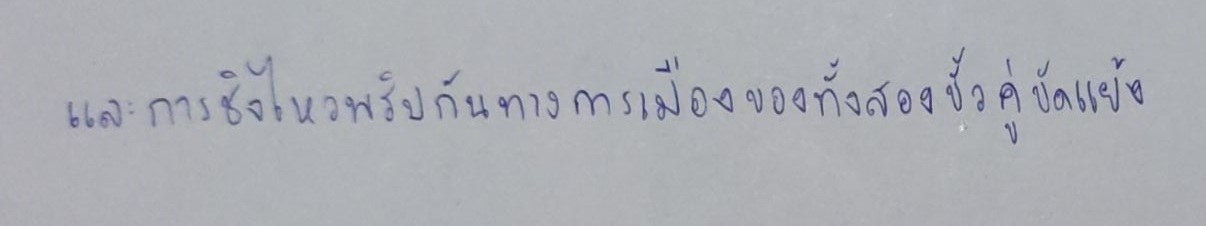
และการชิงไหวพริบกันทางการเมืองของทั้งสองขั้วคู่ขัดแย้ง